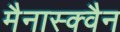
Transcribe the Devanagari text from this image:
मैनास्क्वैन